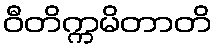
ဝီတိက္ကမိတာတိ